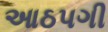
આઠપગી